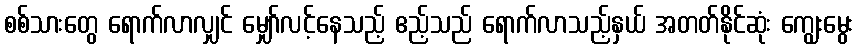
စစ်သားတွေ ရောက်လာလျှင် မျှော်လင့်နေသည့် ဧည့်သည် ရောက်လာသည့်နှယ် အတတ်နိုင်ဆုံး ကျွေးမွေး